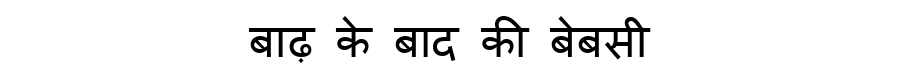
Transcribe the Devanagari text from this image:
बाढ़ के बाद की बेबसी